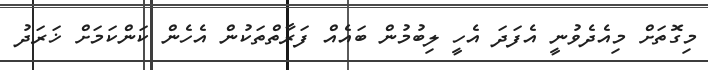
މިގޮތަށް މިއެދެވުނީ އެފަދަ އެހީ ލިބުމުން ބައެއް ފަރާތްތަކުން އެހެން ކަންކަމަށް ޚަރަދު